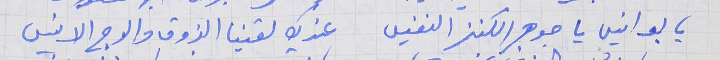
يا بو انيس يا جوهر الكنز النفيس     عندك لقينا الذوق والوج الانيس